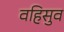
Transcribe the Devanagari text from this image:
वहिसुव